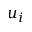
u _ { i }